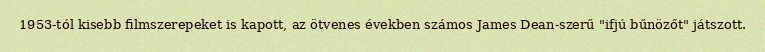
1953-tól kisebb filmszerepeket is kapott, az ötvenes években számos James Dean-szerű "ifjú bűnözőt" játszott.